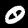
Label: 0